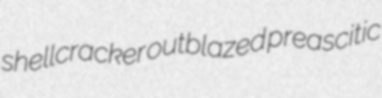
shellcracker outblazed preascitic